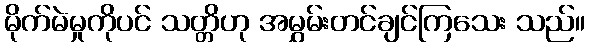
မိုက်မဲမှုကိုပင် သတ္တိဟု အမွှမ်းတင်ချင်ကြသေး သည်။